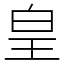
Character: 皇